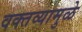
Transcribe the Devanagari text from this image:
वक्तव्यामुळे